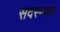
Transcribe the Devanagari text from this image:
सदस्म्पाय